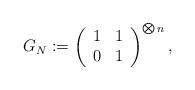
LaTeX: \begin{align*}G_N:=\left( \begin{array}{cc} 1 & 1 \\ 0 & 1 \\ \end{array} \right)^{\bigotimes n},\end{align*}